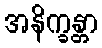
အနိက္ခန္တာ